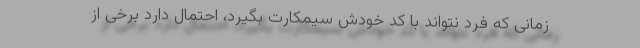
زمانی که فرد نتواند با کد خودش سیمکارت بگیرد، احتمال دارد برخی از